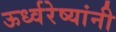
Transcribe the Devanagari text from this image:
ऊर्ध्वरेष्यांनी